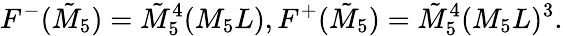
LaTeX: F^{-}(\tilde{M}_{5})=\tilde{M}_{5}^{4}(M_{5}L),F^{+}(\tilde{M}_{5})=\tilde{M}_{5}^{4}(M_{5}L)^{3}.